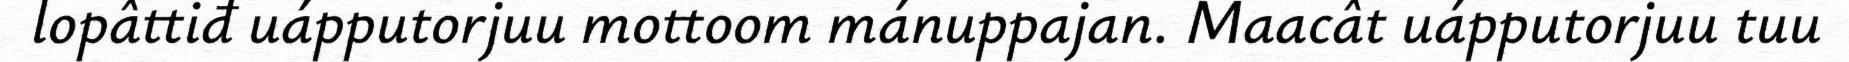
lopâttiđ uápputorjuu mottoom mánuppajan. Maacât uápputorjuu tuu